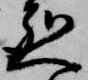
烈